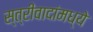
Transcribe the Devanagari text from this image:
स्त्रीवादांमध्ये